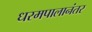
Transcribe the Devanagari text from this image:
धरमपालानंतर